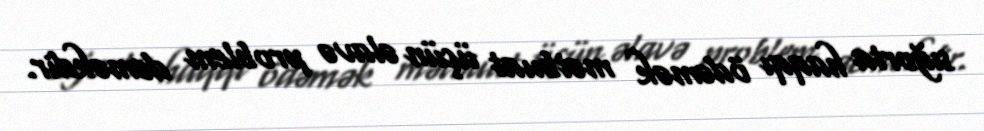
sığorta haqqı ödəmək mətbuat üçün əlavə problem deməkdir.